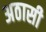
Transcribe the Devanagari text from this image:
अठासी